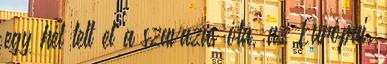
egy hét telt el a szavazás óta, az Európai.